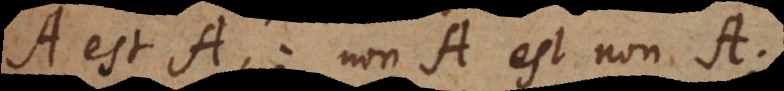
A est A; non A est non A;